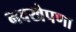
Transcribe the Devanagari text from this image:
नवखेपणा